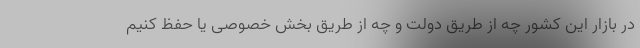
در بازار این کشور چه از طریق دولت و چه از طریق بخش خصوصی یا حفظ کنیم